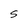
Character: S